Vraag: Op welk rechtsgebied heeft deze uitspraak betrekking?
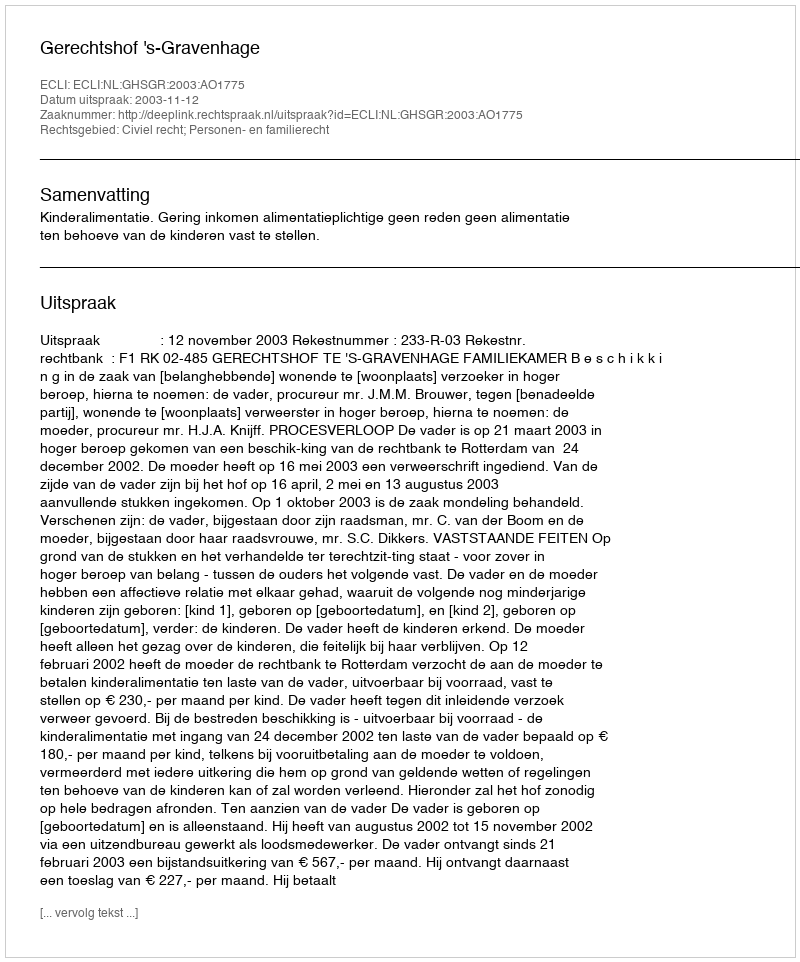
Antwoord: Civiel recht; Personen- en familierecht